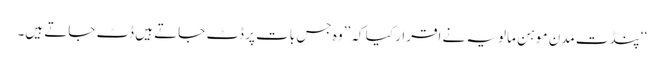
‘‘پنڈت مدن موہن مالویہ نے اقرار کیا کہ ’’وہ جس بات پر ڈٹ جاتے ہیں ڈٹ جاتے ہیں۔